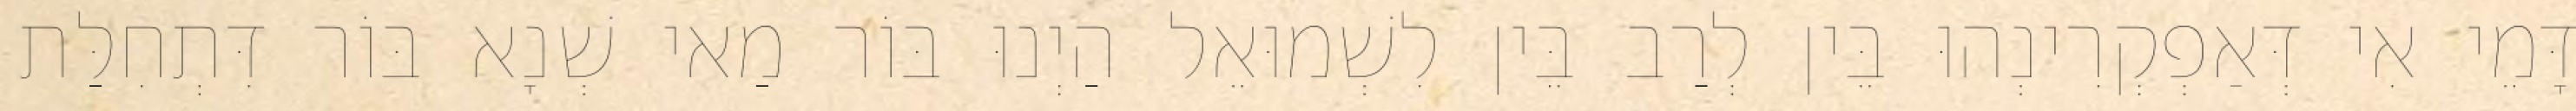
דָּמֵי אִי דְּאַפְקְרִינְהוּ בֵּין לְרַב בֵּין לִשְׁמוּאֵל הַיְנוּ בּוֹר מַאי שְׁנָא בּוֹר דִּתְחִלַּת